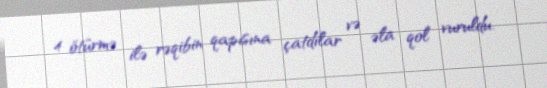
4 ötürmə ilə rəqibin qapısına çatdılar və əla qol vuruldu.